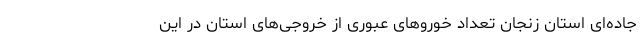
جاده‌ای استان زنجان تعداد خوروهای عبوری از خروجی‌های استان در این